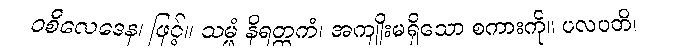
ဝစီလေဒေန၊ ဖြင့်။ သမ္ဖံ နိရတ္ထကံ၊ အကျိုးမရှိသော စကားကို။ ပလပတိ၊